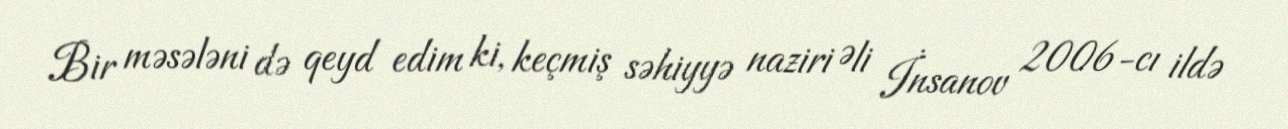
Bir məsələni də qeyd edim ki, keçmiş səhiyyə naziri Əli İnsanov 2006-cı ildə